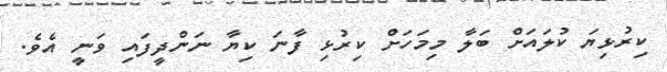
ކިރުޅިޔަ ކުލައަށް ބަލާ މިމަހަށް ކިރުޅި ފާނަ ކިޔާ ނަންދީފައި ވަނީ އެވެ.